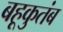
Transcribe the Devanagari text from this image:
बहूकुतंब